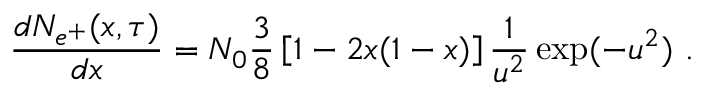
\frac { d N _ { e ^ { + } } ( x , \tau ) } { d x } = N _ { 0 } \frac { 3 } { 8 } \left[ 1 - 2 x ( 1 - x ) \right] \frac { 1 } { u ^ { 2 } } \exp ( - u ^ { 2 } ) \ .